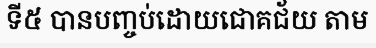
ទី៥ បានបញ្ចប់ដោយជោគជ័យ តាម